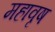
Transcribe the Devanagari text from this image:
महावृष